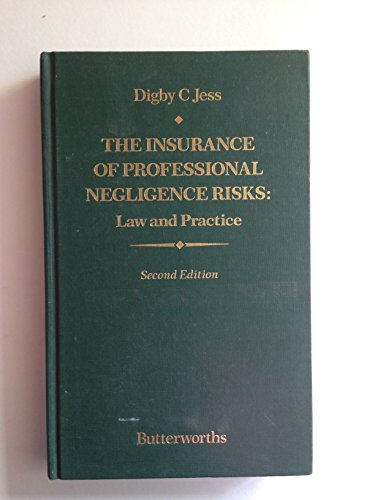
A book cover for The Insurance of Professional Negligence Risks: Law and Practice; Digby Charles Jess; Business & Money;